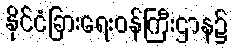
နိုင်ငံခြားရေးဝန်ကြီးဌာန၌